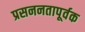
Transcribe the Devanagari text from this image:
प्रसननतापूर्वक